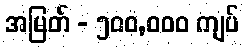
အမြတ် - ၅၀၀,၀၀၀ ကျပ်